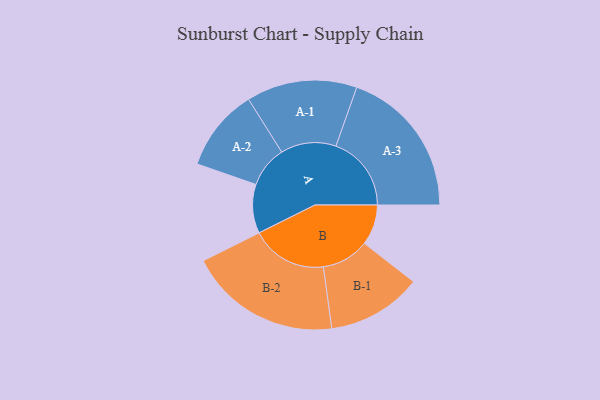
{"axis": {"x": "Segment", "y": "Value"}, "legend": ["", "A", "B"], "data": [{"x": "A", "y": 175, "type": ""}, {"x": "B", "y": 145, "type": ""}, {"x": "A-1", "y": 198, "type": "A"}, {"x": "A-2", "y": 148, "type": "A"}, {"x": "A-3", "y": 270, "type": "A"}, {"x": "B-1", "y": 170, "type": "B"}, {"x": "B-2", "y": 273, "type": "B"}]}